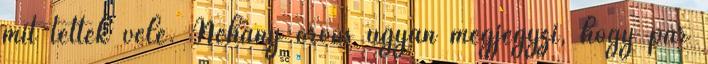
mit tettek vele. Néhány orvos ugyan megjegyzi, hogy pár